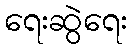
ရေးဆွဲရေး